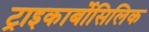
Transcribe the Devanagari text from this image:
ट्राइकार्बोसिलिक